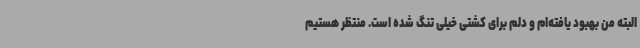
البته من بهبود یافته‌ام و دلم برای کشتی خیلی تنگ شده است. منتظر هستیم